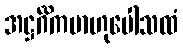
အဋ္ဌင်္ဂိကမာဟုပေါသထံ